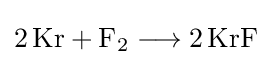
{2\,\mathrm {Kr} {}+{}\mathrm {F} {\vphantom {A}}_{\smash[{t}]{2}}{}\mathrel {\longrightarrow } {}2\,\mathrm {KrF} }